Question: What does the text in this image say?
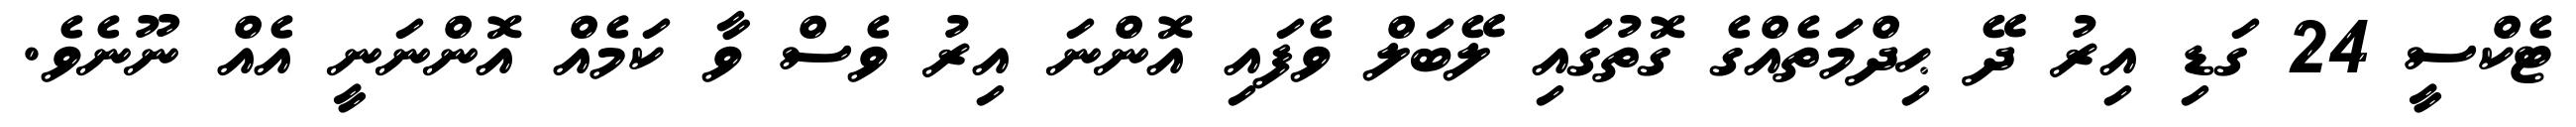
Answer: ޓެކްސީ 24 ގަޑި އިރު ދޭ ޙިދްމަތެއްގެ ގޮތުގައި ލޭބަލް ވެފައި އޮންނަ އިރު ވެސް ވާ ކަމެއް އޮންނަނީ އެއް ނޫނެވެ.